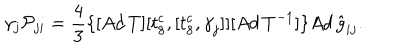
LaTeX: \gamma _ { j } { \cal P } _ { j i } = \frac { 4 } { 3 } \{ [ A d \, T ] [ t _ { 8 } ^ { c } , [ t _ { 8 } ^ { c } , { \gamma } _ { j } ] ] [ A d \, T ^ { - 1 } ] \} { A d \, { \hat { g } } } _ { i j } .